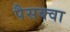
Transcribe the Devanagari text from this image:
पैसक्वा